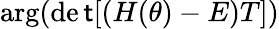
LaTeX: \arg(\operatorname*{de\mathsf{t}}[(H(\theta)-E)T])